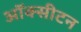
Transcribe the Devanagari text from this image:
ऑक्सीटन